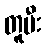
တူမီး